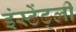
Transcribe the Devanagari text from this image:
इंस्टेंट्ली